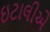
ઇટાલીએ